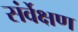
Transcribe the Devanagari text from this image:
संर्वेक्षण